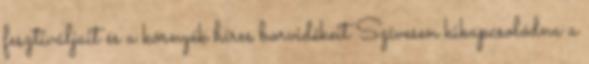
fesztiváljait és a környék híres borvidékeit Szívesen kikapcsolódna a